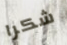
شكرا